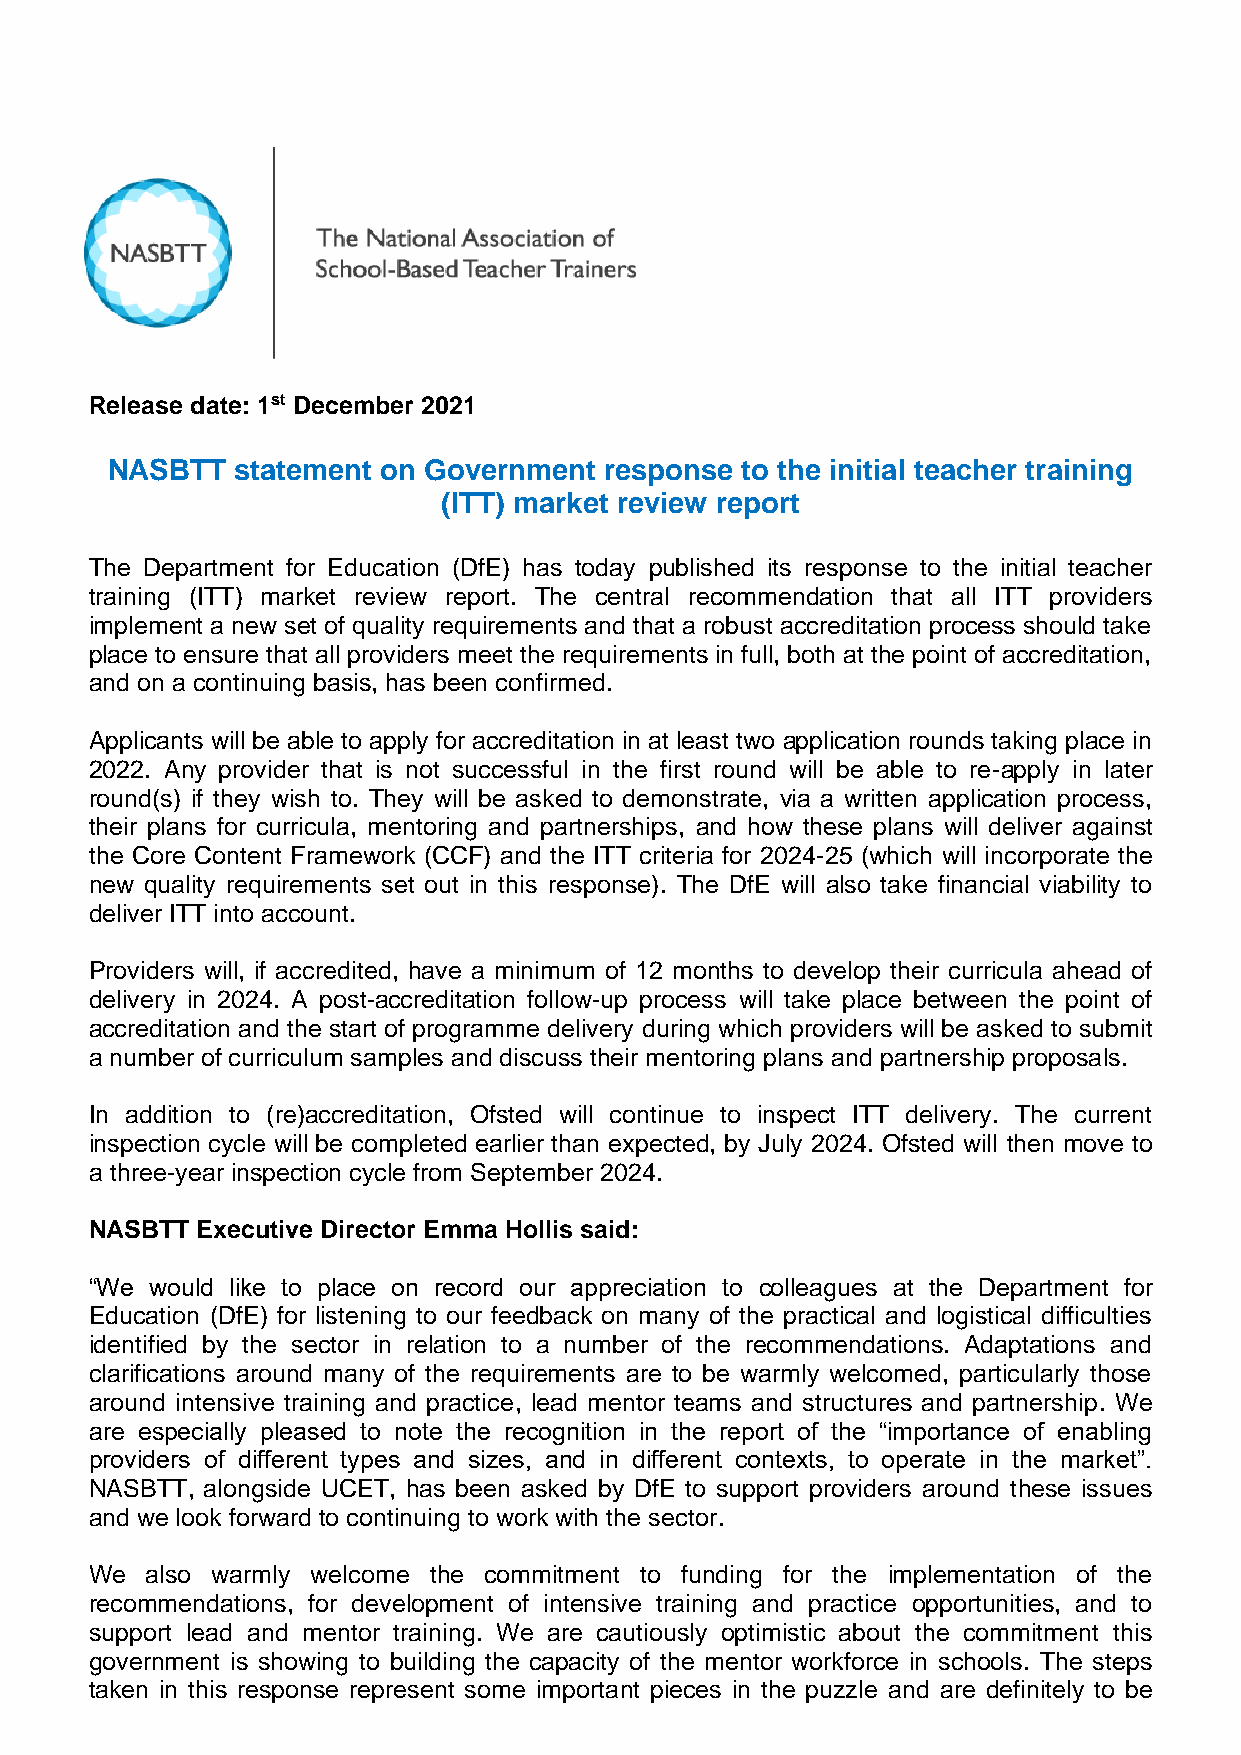
Release date: 1st December 2021
 NASBTT   statement on Government response to the initial teacher training
 (ITT) market review report
 The Department for Education (DfE) has today published its response to the initial teacher
 training (ITT) market review report. The central recommendation that all ITT providers
 implement a new set of quality requirements and that a robust accreditation process should take
 place to ensure that all providers meet the requirements in full, both at the point of accreditation,
 and on a continuing basis, has been confirmed.
 Applicants will be able to apply for accreditation in at least two application rounds taking place in
 2022. Any provider that is not successful in the first round will be able to re-apply in later
 round(s) if they wish to. They will be asked to demonstrate, via a written application process,
 their plans for curricula, mentoring and partnerships, and how these plans will deliver against
 the Core Content Framework (CCF) and the ITT criteria for 2024-25 (which will incorporate the
 new quality requirements set out in this response). The DfE will also take financial viability to
 deliver ITT into account.
 Providers will, if accredited, have a minimum of 12 months to develop their curricula ahead of
 delivery in 2024. A post-accreditation follow-up process will take place between the point of
 accreditation and the start of programme delivery during which providers will be asked to submit
 a number of curriculum samples and discuss their mentoring plans and partnership proposals.
 In addition to (re)accreditation, Ofsted will continue to inspect ITT delivery. The current
 inspection cycle will be completed earlier than expected, by July 2024. Ofsted will then move to
 a three-year inspection cycle from September 2024.
 NASBTT Executive Director Emma Hollis said:
 “We would like to place on record our appreciation to colleagues at the Department for
 Education (DfE) for listening to our feedback on many of the practical and logistical difficulties
 identified by the sector in relation to a number of the recommendations. Adaptations and
 clarifications around many of the requirements are to be warmly welcomed, particularly those
 around intensive training and practice, lead mentor teams and structures and partnership. We
 are especially pleased to note the recognition in the report of the “importance of enabling
 providers of different types and sizes, and in different contexts, to operate in the market”.
 NASBTT, alongside UCET, has been asked by DfE to support providers around these issues
 and we look forward to continuing to work with the sector.
 We  also warmly welcome the commitment to funding for the implementation of the
 recommendations, for development of intensive training and practice opportunities, and to
 support lead and mentor training. We are cautiously optimistic about the commitment this
 government is showing to building the capacity of the mentor workforce in schools. The steps
 taken in this response represent some important pieces in the puzzle and are definitely to be